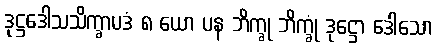
ဒုဋ္ဌဒေါသသိက္ခာပဒံ ၈ ယော ပန ဘိက္ခု ဘိက္ခုံ ဒုဋ္ဌော ဒေါသော